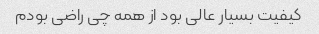
کیفیت بسیار عالی بود از همه چی راضی بودم